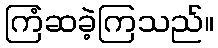
ကြံဆခဲ့ကြသည်။